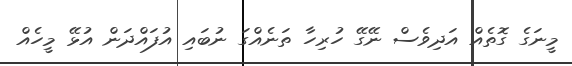
މީނަގެ ގޮތެއް އަދިވެސް ނޭގޭ ހުރިހާ ތަނެއްގަ ނުބައި އުފައްދަން އުޅޭ މީހެއް